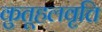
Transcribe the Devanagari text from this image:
कुतूहलवृत्ति